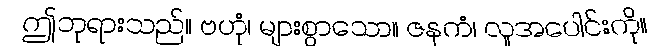
ဤဘုရားသည်။ ဗဟုံ၊ များစွာသော။ ဇနကံ၊ လူအပေါင်းကို။